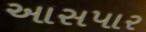
આસપાર